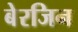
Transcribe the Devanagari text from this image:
बेरजिन